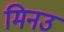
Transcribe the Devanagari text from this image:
मिनउ